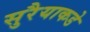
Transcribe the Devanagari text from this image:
सुरैयाकडे